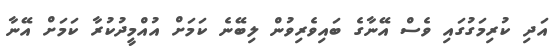
އަދި ކުރިމަގުގައި ވެސް އޭނާގެ ބައިވެރިވުން ލިބޭނެ ކަމަށް އުއްމީދުކުރާ ކަމަށް އޭނާ